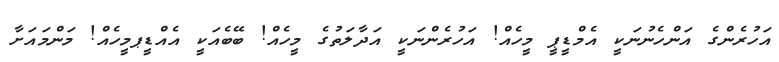
އަހުރެންގެ އަންހެނުނަކީ އެމްޑީޕީ މީހެއް! އަހުރެންނަކީ އަދާލަތުގެ މީހެއް! ބޭބެއަކީ އެއްޑީޕމީހެއް! މަންމައަށާ